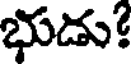
భుడు!